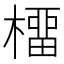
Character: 橊